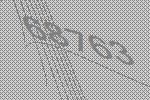
68763